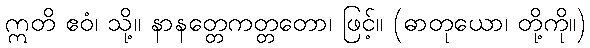
ဣတိ ဧဝံ၊ သို့။ နာနတ္တေကတ္တတော၊ ဖြင့်။ (ဓာတုယော၊ တို့ကို။)